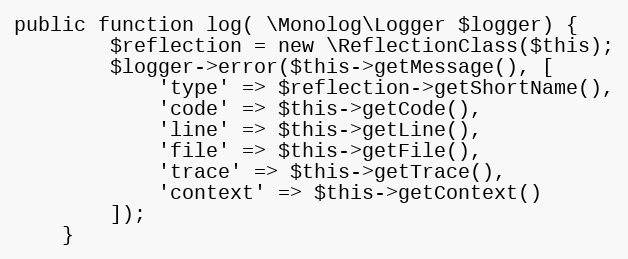
Language: PHP
public function log( \Monolog\Logger $logger) {
        $reflection = new \ReflectionClass($this);
        $logger->error($this->getMessage(), [
            'type' => $reflection->getShortName(),
            'code' => $this->getCode(),
            'line' => $this->getLine(),
            'file' => $this->getFile(),
            'trace' => $this->getTrace(),
            'context' => $this->getContext()
        ]);
    }